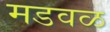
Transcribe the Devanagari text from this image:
मडवळ